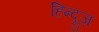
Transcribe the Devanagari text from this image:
हिन्दूज़